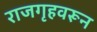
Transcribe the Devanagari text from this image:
राजगृहवरून